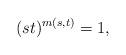
LaTeX: \begin{align*}(s t)^{m(s,t)} = 1,\end{align*}